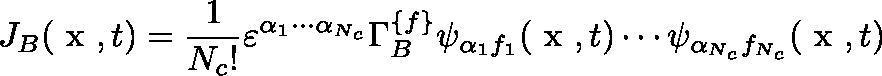
J _ { B } ( \mathrm { \boldmath ~ x ~ } , t ) = \frac { 1 } { N _ { c } ! } \varepsilon ^ { \alpha _ { 1 } \cdots \alpha _ { N _ { c } } } \Gamma _ { B } ^ { \{ f \} } \psi _ { \alpha _ { 1 } f _ { 1 } } ( \mathrm { \boldmath ~ x ~ } , t ) \cdots \psi _ { \alpha _ { N _ { c } } f _ { N _ { c } } } ( \mathrm { \boldmath ~ x ~ } , t )